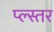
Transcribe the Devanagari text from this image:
प्ल्स्तर